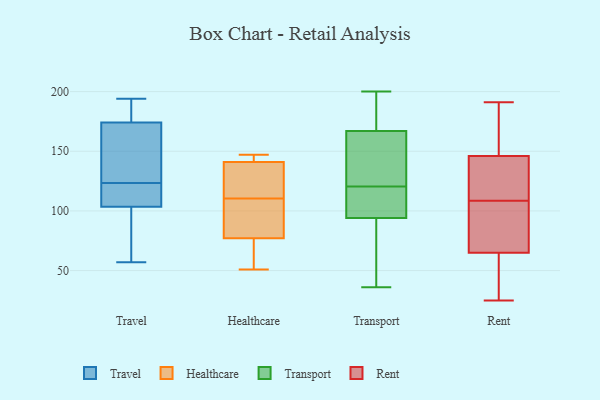
{"axis": {"x": "Population (Million)", "y": "Value"}, "legend": ["Healthcare", "Rent", "Transport", "Travel"], "data": [{"x": "", "y": 90, "type": "Travel"}, {"x": "", "y": 101, "type": "Travel"}, {"x": "", "y": 106, "type": "Travel"}, {"x": "", "y": 57, "type": "Travel"}, {"x": "", "y": 144, "type": "Travel"}, {"x": "", "y": 177, "type": "Travel"}, {"x": "", "y": 192, "type": "Travel"}, {"x": "", "y": 171, "type": "Travel"}, {"x": "", "y": 194, "type": "Travel"}, {"x": "", "y": 118, "type": "Travel"}, {"x": "", "y": 109, "type": "Travel"}, {"x": "", "y": 129, "type": "Travel"}, {"x": "", "y": 141, "type": "Healthcare"}, {"x": "", "y": 116, "type": "Healthcare"}, {"x": "", "y": 73, "type": "Healthcare"}, {"x": "", "y": 89, "type": "Healthcare"}, {"x": "", "y": 129, "type": "Healthcare"}, {"x": "", "y": 145, "type": "Healthcare"}, {"x": "", "y": 147, "type": "Healthcare"}, {"x": "", "y": 105, "type": "Healthcare"}, {"x": "", "y": 130, "type": "Healthcare"}, {"x": "", "y": 51, "type": "Healthcare"}, {"x": "", "y": 85, "type": "Healthcare"}, {"x": "", "y": 146, "type": "Healthcare"}, {"x": "", "y": 65, "type": "Healthcare"}, {"x": "", "y": 77, "type": "Healthcare"}, {"x": "", "y": 103, "type": "Transport"}, {"x": "", "y": 126, "type": "Transport"}, {"x": "", "y": 197, "type": "Transport"}, {"x": "", "y": 153, "type": "Transport"}, {"x": "", "y": 200, "type": "Transport"}, {"x": "", "y": 94, "type": "Transport"}, {"x": "", "y": 36, "type": "Transport"}, {"x": "", "y": 40, "type": "Transport"}, {"x": "", "y": 106, "type": "Transport"}, {"x": "", "y": 115, "type": "Transport"}, {"x": "", "y": 187, "type": "Transport"}, {"x": "", "y": 167, "type": "Transport"}, {"x": "", "y": 65, "type": "Transport"}, {"x": "", "y": 155, "type": "Transport"}, {"x": "", "y": 25, "type": "Rent"}, {"x": "", "y": 191, "type": "Rent"}, {"x": "", "y": 136, "type": "Rent"}, {"x": "", "y": 190, "type": "Rent"}, {"x": "", "y": 65, "type": "Rent"}, {"x": "", "y": 104, "type": "Rent"}, {"x": "", "y": 69, "type": "Rent"}, {"x": "", "y": 113, "type": "Rent"}, {"x": "", "y": 146, "type": "Rent"}, {"x": "", "y": 65, "type": "Rent"}]}